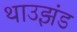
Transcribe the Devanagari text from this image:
थाउझंड